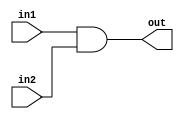
module andfromnand (
    out, in1, in2, 
);
    input in1, in2;
    output out;
    wire wire1;

    nand n1(wire1, in1, in2);
    nand n2(out, wire1, wire1);
    
endmodule